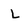
Character: L